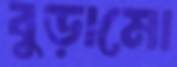
বুড়ামো